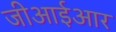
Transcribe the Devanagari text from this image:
जीआईआर